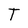
Character: T